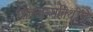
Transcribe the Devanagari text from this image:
शिवजन्मतिथीचे